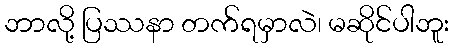
ဘာလို့ ပြဿနာ တက်ရမှာလဲ၊ မဆိုင်ပါဘူး